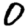
Digit: 0